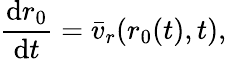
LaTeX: \frac{\mathrm{d}r_{0}}{\mathrm{d}t}=\bar{v}_{r}(r_{0}(t),t),